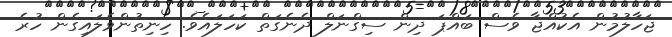
ޖަހާލުމުން އެކުއްޖާ ވެސް ބައްޕަ ދިން ސިގްނަލް ދެނެގަތް ކަހަލައެވެ. ހިނިތުންވެލައިގެން ހުރެ